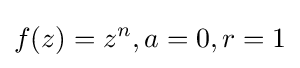
f(z)=z^{n},a=0,r=1